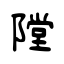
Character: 隚